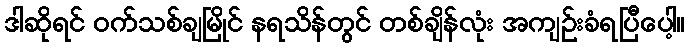
ဒါဆိုရင် ဝက်သစ်ချမြိုင် နရသိန်တွင် တစ်ချိန်လုံး အကျဉ်းခံရပြီပေါ့။